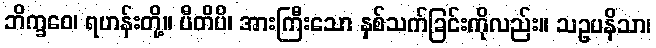
ဘိက္ခဝေ၊ ရဟန်းတို့။ ပီတိပိ၊ အားကြီးသော နှစ်သက်ခြင်းကိုလည်း။ သဥပနိသာ၊